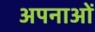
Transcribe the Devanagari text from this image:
अपनाओं